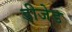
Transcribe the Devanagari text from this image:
डीजेड